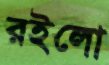
রইলো